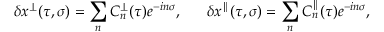
\delta x ^ { \perp } ( \tau , \sigma ) = \sum _ { n } C _ { n } ^ { \perp } ( \tau ) e ^ { - i n \sigma } , \; \; \; \; \; \; \delta x ^ { \parallel } ( \tau , \sigma ) = \sum _ { n } C _ { n } ^ { \parallel } ( \tau ) e ^ { - i n \sigma } ,